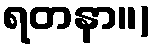
ရတနာ။)